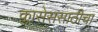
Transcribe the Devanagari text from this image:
क्लासेससाठीचा